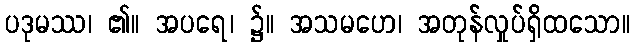
ပဒုမဿ၊ ၏။ အပရေ၊ ၌။ အသမဟေ၊ အတုန်လှုပ်ရှိထသော။